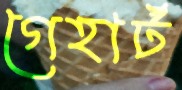
গেহার্ট